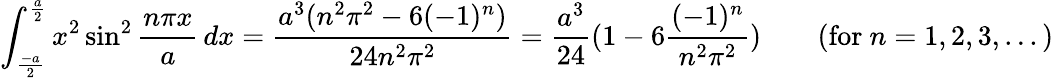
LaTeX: \int_{\frac{-a}{2}}^{\frac{a}{2}}x^{2}\sin^{2}{\frac{n\pi x}{a}}\, dx={\frac{a^{3}(n^{2}\pi^{2}-6(-1)^{n})}{24n^{2}\pi^{2}}}={\frac{a^{3}}{24}}(1-6{\frac{(-1)^{n}}{n^{2}\pi^{2}}})\qquad{\mathrm{(for~}}n=1,2,3,...{\mathrm{)}}